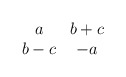
\begin{align*}\begin{array}{cc} a & b+c \\ b-c & -a \end{array}\end{align*}